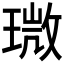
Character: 𤨉